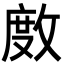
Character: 𢾅